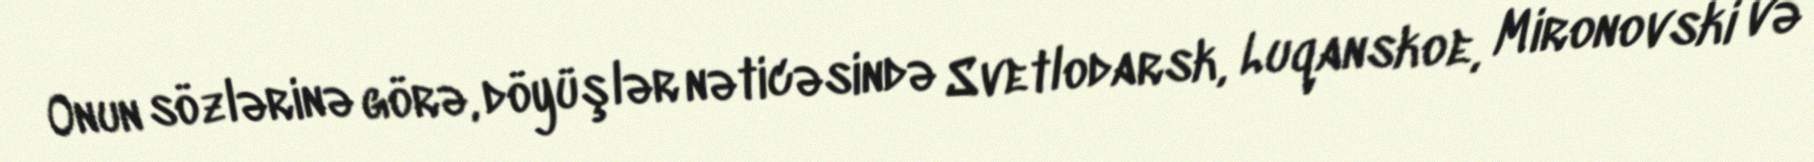
Onun sözlərinə görə, döyüşlər nəticəsində Svetlodarsk, Luqanskoe, Mironovski və